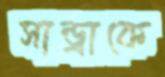
সান্ড্রাকে